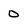
Character: 0